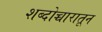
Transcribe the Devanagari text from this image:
शब्दोच्चारातून